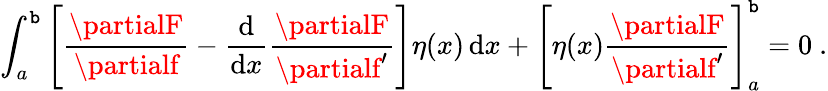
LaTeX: \int_{a}^{\mathtt{b}}\left[{\frac{{\partialF}}{{\partialf}}}-{\frac{{\mathrm{{d}}}}{{\mathrm{{d}}x}}}{\frac{{\partialF}}{{\partialf^{\prime}}}}\right]\eta(x)\, \mathrm{{d}}x+\left[\eta(x){\frac{{\partialF}}{{\partialf^{\prime}}}}\right]_{a}^{\mathtt{b}}=0\ .